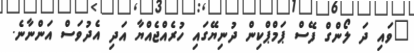
"ވައި ދަ ލޯންގް ފޭސް ޕަމްޕްކިން ދުނިޔޭގައި ހުރެއްޖެއްޔާ އަދި އެދުވަސް އަންނާނެ.